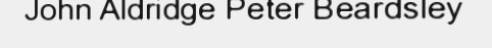
John Aldridge Peter Beardsley